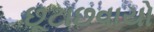
છૂટાછવાયો